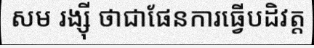
សម រង្ស៊ី ថាជាផែនការធ្វើបដិវត្ត